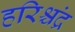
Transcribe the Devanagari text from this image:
हरिश्चंद्र